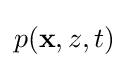
p(\mathbf {x} ,z,t)